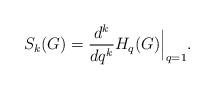
LaTeX: \begin{align*} S_k(G) = \frac{d^k}{dq^k} H_q(G)\Big|_{q=1}. \end{align*}